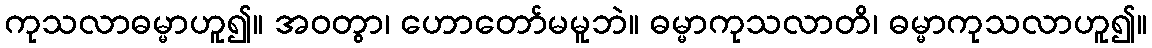
ကုသလာဓမ္မာဟူ၍။ အဝတွာ၊ ဟောတော်မမူဘဲ။ ဓမ္မာကုသလာတိ၊ ဓမ္မာကုသလာဟူ၍။